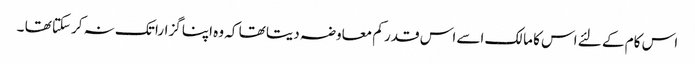
اس کام کے لئے اس کا مالک اسے اس قدر کم معاوضہ دیتا تھا کہ وہ اپنا گزارا تک نہ کرسکتا تھا ۔